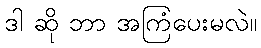
ဒါ ဆို ဘာ အကြံပေးမလဲ။